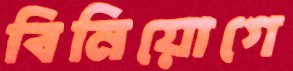
বিনিয়োগে